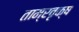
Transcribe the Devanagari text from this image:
ताम्रवृक्ष